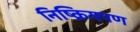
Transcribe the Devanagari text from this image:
निष्क्रियपण